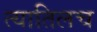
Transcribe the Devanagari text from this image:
त्यातिलच